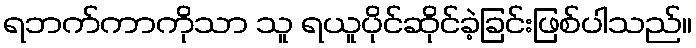
ရဘက်ကာကိုသာ သူ ရယူပိုင်ဆိုင်ခဲ့ခြင်းဖြစ်ပါသည်။